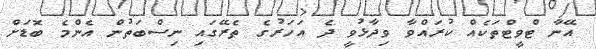
އޭނާ ޓްވީޓްތަކެއް ކުރައްވާ ވިދާޅުވީ ދެ އަހަރުގެ ތެރޭގައި ނިސްބަތުން އެންމެ ބޮޑަށް